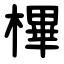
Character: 㮿